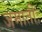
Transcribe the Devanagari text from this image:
जमातीः